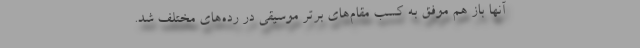
آنها باز هم موفق به کسب مقام‌های برتر موسیقی در رده‌های مختلف شد.